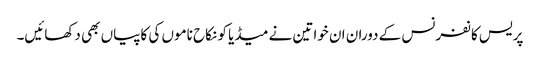
پریس کانفرنس کے دوران ان خواتین نے میڈیا کو نکاح ناموں کی کاپیاں بھی دکھائیں۔